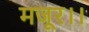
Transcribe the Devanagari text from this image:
मजूर।।